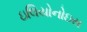
ઇલિયોનોઇસ